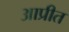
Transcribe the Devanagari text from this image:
आप्रीत